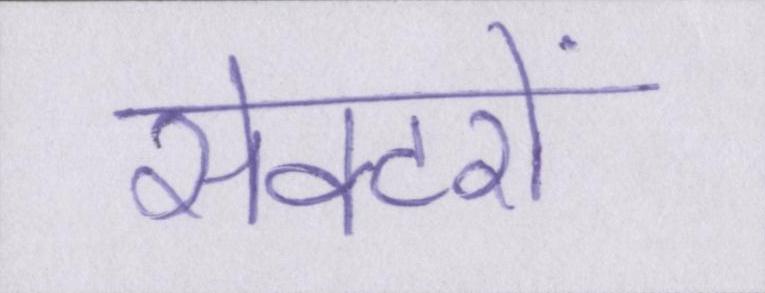
सेक्टरों